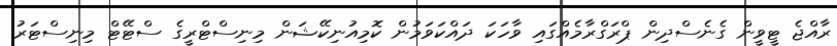
ރާއްޖެ ޓީވީން ގެނެސްދިން ޕްރަގްރާމެއްގައި ވާހަކަ ދައްކަވަމުން ކޮމިއުނިކޭޝަން މިނިސްޓްރީގެ ސްޓޭޓް މިނިސްޓަރު